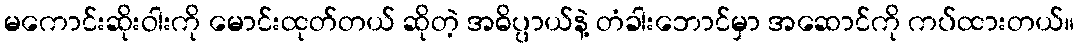
မကောင်းဆိုးဝါးကို မောင်းထုတ်တယ် ဆိုတဲ့ အဓိပ္ပာယ်နဲ့ တံခါးဘောင်မှာ အဆောင်ကို ကပ်ထားတယ်။